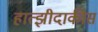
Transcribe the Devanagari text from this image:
हात्झीदाकीस